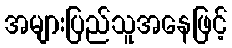
အများပြည်သူအနေဖြင့်